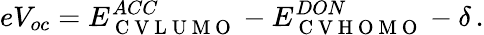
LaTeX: eV_{oc}=E_{\mathrm{~C~V~L~U~M~O~}}^{ACC}-E_{\mathrm{~C~V~H~O~M~O~}}^{DON}-\delta\, .